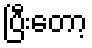
ပြီးတော့